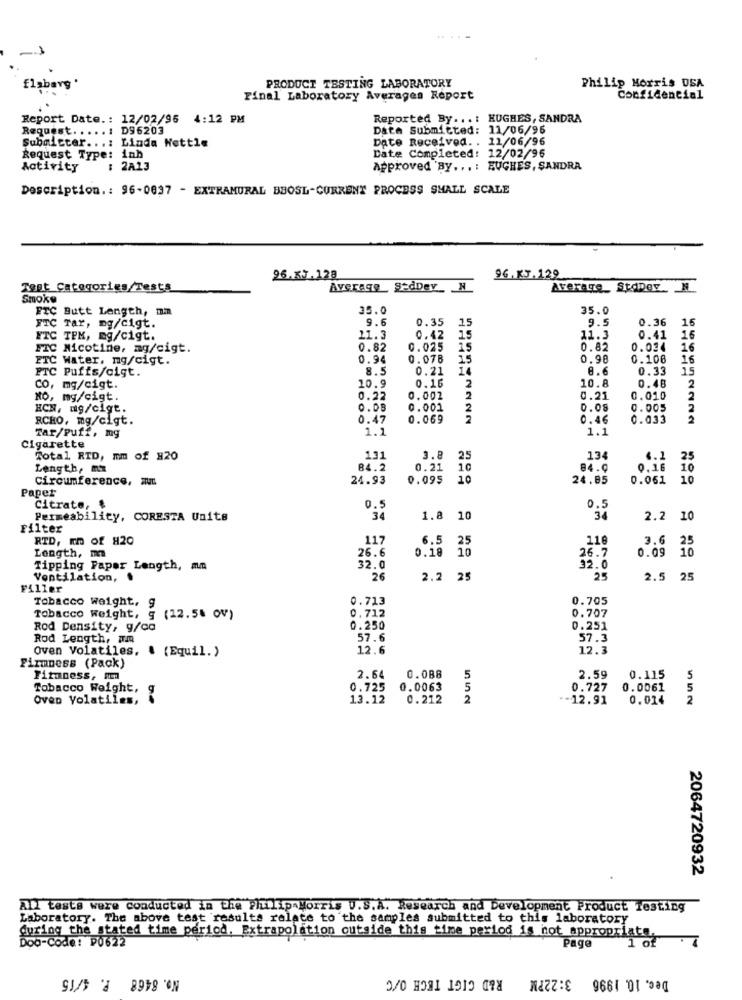
1
PRODUCT TESTING LABORATORY
Philip Morris USA
Final Laboratory Averages Report
Confidencial
Report Date .: 12/02/96 4:12 PM
Reported By ...: HUGHES, SANDRA
Request .....: D96203
Data Submitted: 11/06/96
Submitter ...: Linda Nettle
Date Received. . 11/06/96
Request Type: inh
Date Completed: 12/02/96
Activity
: 2A13
Approved By ...: EUGHES, SANDRA
Description .: 96-0837 - EXTRAMURAL BBOSL-CURRENT PROCESS SMALL SCALE
26.85.120
96.KJ.129
Test Categories/Tests
Average gedDev_ N
Average_ StaDer N
Smoke
FTC Butt Length, mm
35.0
35.0
9.6
0.35
9.5
0.36
16
FTC Tar, ng/cigt.
15
FTC TPM, mg/cigt.
11.3
0.42
15
11.3
0.41
16
FIC Nicotine, mg/cigt.
0.82
0.025
15
0.82
0.034
16
ETC Water, mg/cigt.
0.94
0.078
15
0.98
0.106
16
FTC Puffs/cigt.
8.5
0.21
8.6
0.33
15
0.16
10.8
0.40
Co, mg/cigt.
10.9
2
2
NO, mg/cigt.
0.22
0.002
2
0.21
0.010
2
HCN, mg/cigt.
0.08
0.001
2
0.08
0.005
2
RCHO, mg/cigt.
0.47
0.069
0.46
HDDO
0.033
2
Tar/Puff, mg
1.1
1.1
Cigarette
Total RID, mm of #20
131
3.8 25
134
4.1
25
Length, mx
84.2
0.21 10
84.0
0.16
10
Circumference, m
24.93
0.095 1
24.85
0.061 10
Paper
Citrate,
0.5
0.5
Permeability, CORESTA Units
34
1.8 10
34
2.2 10
Filter
RTD, Im of #20
117
6.5 25
110
3.6
25
Length, m
26.6
0.18 10
26.7
10
0.09
Tipping Paper Length, mm
32.0
32.0
Ventilation,
26
2.2 25
25
2.5 25
Filler
Tobacco weight, g
0.713
0.705
0.712
0.707
Tobacco weight, 9
(12.5% OV)
Rod Density, g/ca
0.250
0.251
Rod Length, Im
57.6
57.3
12.6
12.3
Firmness (Pack)
Oven Volatiles, . (Equil. )
Fitness, Mm
2.64
0.088
5
2.59
0.115
5
Tobacco Weight,
0.725
0.0063
5
0.727
0.0061
5
Oven Volatiles,
13.12
0.212
2
.- 12.91
0.014
2
2064720932
All tests were conducted in the PlumlipaMorris U.S.A. Research and Development Product Testing
Laboratory. The above test results relate to the samples submitted to this laboratory
during the stated time period. Extrapolation outside this time period is not appropriate,
Doo-Code: P0622
1 of
Page
No. 8468 P. 4/15
Dec. 10. 1996 3:22PM R&D GIGT TECH O/C